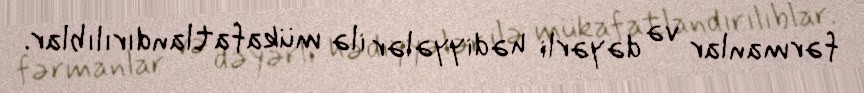
fərmanlar və dəyərli hədiyyələr ilə mükafatlandırılıblar.